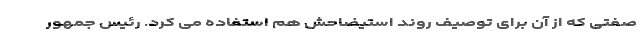
صفتی که از آن برای توصیف روند استیضاحش هم استفاده می کرد. رئیس جمهور